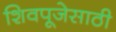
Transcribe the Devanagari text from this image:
शिवपूजेसाठी